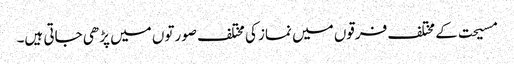
مسیحت کے مختلف فرقوں میں نماز کی مختلف صورتوں میں پڑھی جاتی ہیں۔